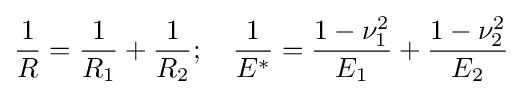
{\frac {1}{R}}={\frac {1}{R_{1}}}+{\frac {1}{R_{2}}};\quad {\frac {1}{E^{*}}}={\frac {1-\nu _{1}^{2}}{E_{1}}}+{\frac {1-\nu _{2}^{2}}{E_{2}}}